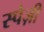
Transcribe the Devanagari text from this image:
स्पेज़ी